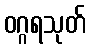
ဝဂ္ဂရသုတ်